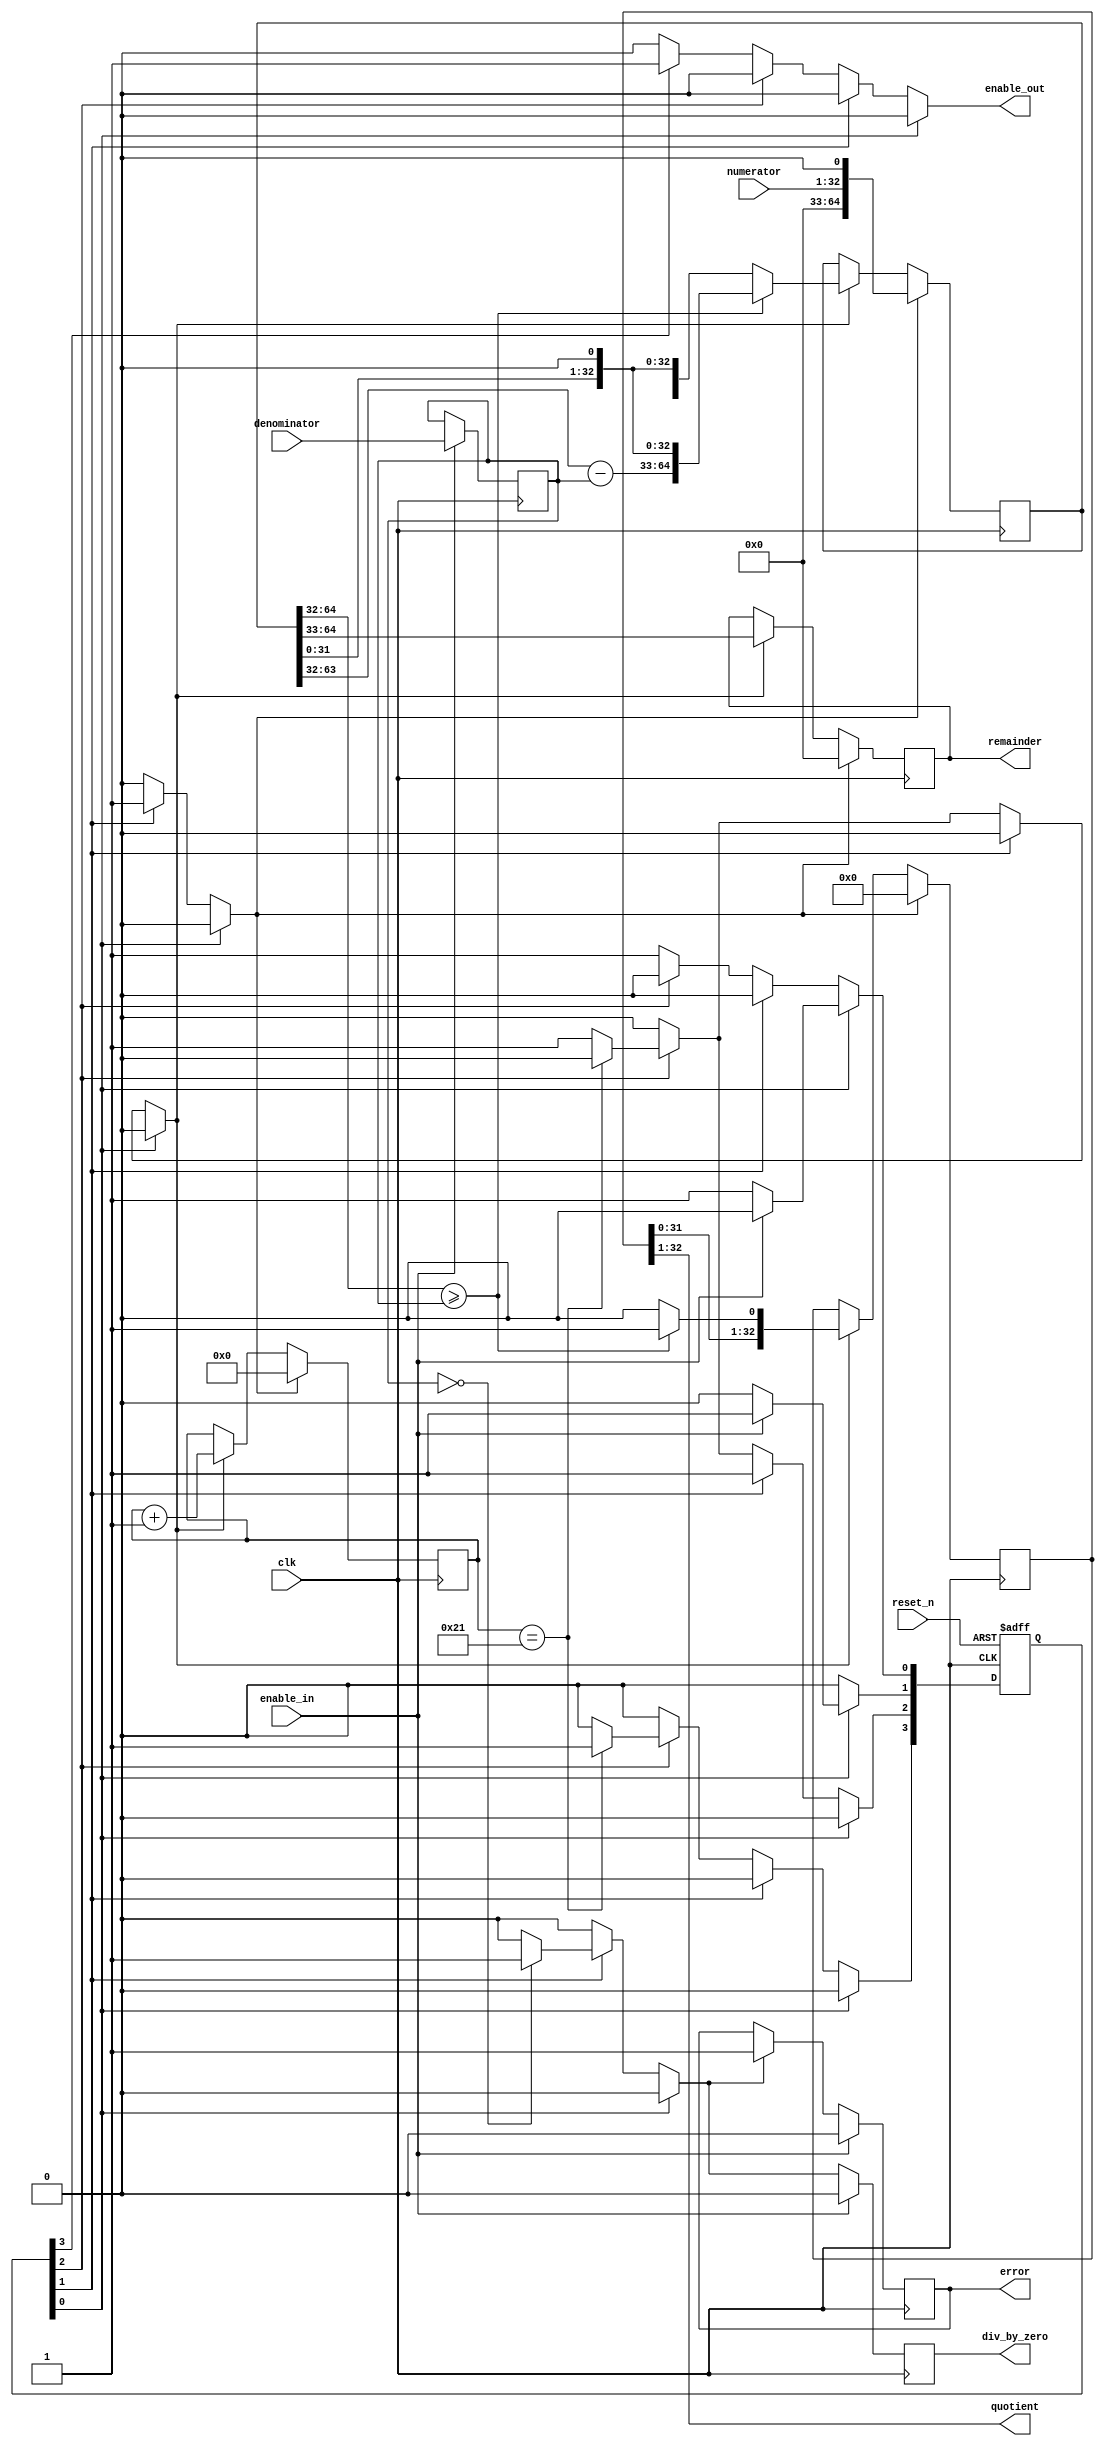
/******************************************************************************
MIT License

Copyright (c) 2020 BH6BAO

Permission is hereby granted, free of charge, to any person obtaining a copy
of this software and associated documentation files (the "Software"), to deal
in the Software without restriction, including without limitation the rights
to use, copy, modify, merge, publish, distribute, sublicense, and/or sell
copies of the Software, and to permit persons to whom the Software is
furnished to do so, subject to the following conditions:

The above copyright notice and this permission notice shall be included in all
copies or substantial portions of the Software.

THE SOFTWARE IS PROVIDED "AS IS", WITHOUT WARRANTY OF ANY KIND, EXPRESS OR
IMPLIED, INCLUDING BUT NOT LIMITED TO THE WARRANTIES OF MERCHANTABILITY,
FITNESS FOR A PARTICULAR PURPOSE AND NONINFRINGEMENT. IN NO EVENT SHALL THE
AUTHORS OR COPYRIGHT HOLDERS BE LIABLE FOR ANY CLAIM, DAMAGES OR OTHER
LIABILITY, WHETHER IN AN ACTION OF CONTRACT, TORT OR OTHERWISE, ARISING FROM,
OUT OF OR IN CONNECTION WITH THE SOFTWARE OR THE USE OR OTHER DEALINGS IN THE
SOFTWARE.

******************************************************************************/


`default_nettype none

module long_slow_div_denom_reg   
        #(parameter DATA_WIDTH = 32)(
      
        //=======  clock and reset ======
        input  wire                                         clk,
        input  wire                                         reset_n,
        
        //========== INPUT ==========
        input  wire                                         enable_in,
        input  wire [DATA_WIDTH - 1 : 0]                    numerator,
        input  wire [DATA_WIDTH - 1 : 0]                    denominator,
        
        //========== OUTPUT ==========
        output wire                                         enable_out,
        output wire [DATA_WIDTH - 1 : 0]                    quotient,
        output reg [DATA_WIDTH - 1 : 0]                     remainder,
        output reg                                          div_by_zero,
         
        output reg                                          error
);
        
    
    reg   [DATA_WIDTH * 2 : 0]                      L_num;
    wire  [DATA_WIDTH : 0]                          L_num_high; 
    wire  [DATA_WIDTH  : 0]                         L_den;
    wire  [DATA_WIDTH  : 0]                         difference;
    reg   [DATA_WIDTH - 1 : 0]                      denominator_reg;
        
    reg   [$clog2(DATA_WIDTH) : 0]                  iteration;
        
    reg                                             ctl_set_div_by_zero;
    reg                                             ctl_division_init, ctl_division_enable, ctl_set_enable_out;
    reg  [DATA_WIDTH : 0]                           quotient_i;    
        
    always @(posedge clk) begin 
        if (enable_in) begin
            denominator_reg <= denominator;
        end
    end
    
    assign L_num_high = L_num [DATA_WIDTH * 2 : DATA_WIDTH];
    
    assign difference = L_num_high - L_den; 
    assign L_den = {1'b0, denominator_reg};
        
    always @(posedge clk) begin
        if (ctl_division_init) begin
            L_num <= { {(DATA_WIDTH){1'b0}}, numerator, 1'b0};
        end else if (ctl_division_enable) begin
            if (L_num_high >= L_den) begin
                L_num <= {difference [DATA_WIDTH - 1 : 0], L_num [DATA_WIDTH - 1 : 0], 1'b0};
            end else begin
                L_num <= L_num << 1;
            end
        end
    end
        
    always @(posedge clk) begin
        if (ctl_division_init) begin
            iteration <= 0;
            remainder <= 0;
        end else if (ctl_division_enable) begin
            iteration <= iteration + 1;
            
            remainder <= L_num_high[32 : 1];
            
        end
    end
        
    always @(posedge clk) begin : div_by_zero_proc
        if (enable_in) begin
            div_by_zero <= 0;
        end else begin
            div_by_zero <= ctl_set_div_by_zero;
        end
    end 
            
    always @(posedge clk) begin : error_proc
        if (enable_in) begin
            error <= 0;
        end else if (ctl_set_div_by_zero)  begin
            error <= 1;
        end
    end 
                
    always @(posedge clk) begin : quotient_proc
        if (ctl_division_init) begin
            quotient_i <= 0;
        end else if (ctl_division_enable) begin
            if (L_num_high >= L_den) begin
                quotient_i <= {quotient_i [DATA_WIDTH - 1 : 0], 1'b1};
            end else begin
                quotient_i <= {quotient_i [DATA_WIDTH - 1 : 0], 1'b0};
            end 
        end
    end 
    
    assign quotient = quotient_i [DATA_WIDTH : 1];
    assign enable_out = ctl_set_enable_out;
    
    //+++++++++++++++++++++++++++++++++++++++++++++++++++++++++++++++++++++++++
    // FSM
    //+++++++++++++++++++++++++++++++++++++++++++++++++++++++++++++++++++++++++
        localparam S_IDLE = 0, S_CHECK = 1, S_DIVISION = 2, S_OUTPUT = 3;
        reg [3 : 0] current_state, next_state;
                
        // Declare states
        always @(posedge clk, negedge reset_n) begin : state_machine_reg
            if (!reset_n) begin
                current_state <= 0;
            end else begin
                current_state <= next_state;
            end
        end 
        
        // FSM main body
        always @(*) begin : state_machine_comb

            next_state = 0;
            
            ctl_set_div_by_zero = 0;
                
            ctl_division_init = 0;
            ctl_division_enable = 0;
                
            ctl_set_enable_out = 0;
                
            case (1'b1)
                current_state[S_IDLE]: begin
                    if (!enable_in) begin
                        next_state[S_IDLE] = 1;
                    end else begin
                        next_state[S_CHECK] = 1;
                    end
                end
                    
                current_state[S_CHECK] : begin
                    next_state[S_DIVISION] = 1;
                    ctl_division_init = 1;
                    
                    if (denominator_reg == 0) begin
                        ctl_set_div_by_zero = 1;
                    end 
                end
                    
                current_state[S_DIVISION] : begin
                    if (iteration == (DATA_WIDTH + 1)) begin
                        next_state[S_OUTPUT] = 1;
                    end else begin
                        ctl_division_enable = 1;
                        next_state[S_DIVISION] = 1;
                    end 
                end
                    
                current_state[S_OUTPUT] : begin
                    ctl_set_enable_out = 1;
                    next_state[S_IDLE] = 1;
                end
                    
                default: begin
                    next_state[S_IDLE] = 1'b1;
                end
                    
            endcase
          
        end 
    
endmodule


`default_nettype wire